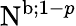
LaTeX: \mathrm{N}^{\mathrm{b};1-p}